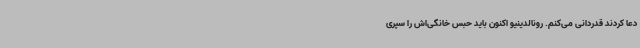
دعا کردند قدردانی می‌کنم. رونالدینیو اکنون باید حبس خانگی‌اش را سپری